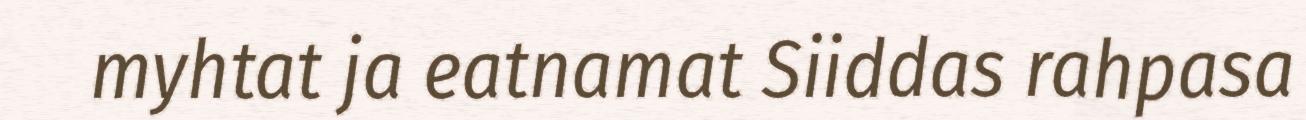
myhtat ja eatnamat Siiddas rahpasa